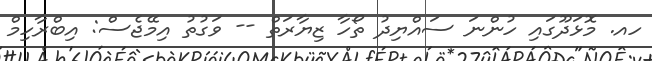
ހއ. މޮޅަދޫގައި ހުންނަ ސައްޔިދު ތޯހާ ޒިޔާރަތް -- ވަގުތު އިމޭޖެސް: އިބްރާހިމް